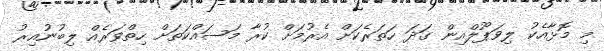
މި މޮޅާއެކު ލިވަޕޫލްއިން ގަދަ ހަތަރެކަށް އެރުމަށް ކުރާ މަސައްކަތަށް ހިތްވަރެއް ލިބުނުއިރު